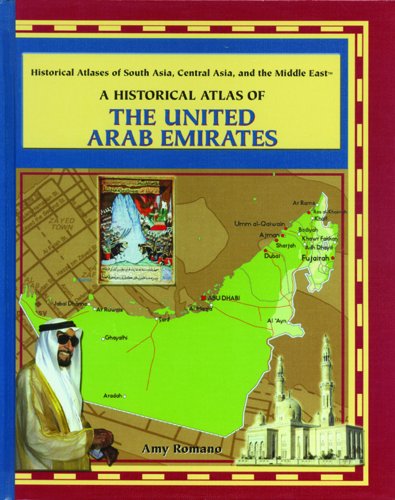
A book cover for A Historical Atlas of the United Arab Emirates (Historical Atlases of South Asia, Central Asia, and the Middle East); Amy Romano; History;